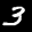
Label: 3